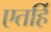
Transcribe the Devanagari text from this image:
एतर्हि